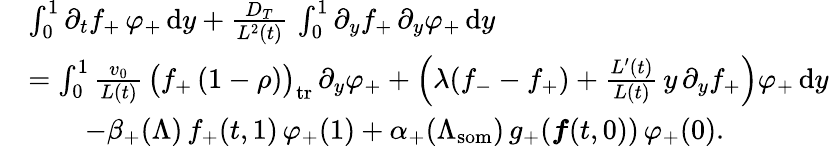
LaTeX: \begin{array}{rl}&{\int_{0}^{1}\partial_{t}f_{+}\, \varphi_{+}\, \textup{d}y+\frac{D_{T}}{L^{2}(t)}\, \int_{0}^{1}\partial_{y}f_{+}\, \partial_{y}\varphi_{+}\, \textup{d}y}\\ &{=\int_{0}^{1}\frac{v_{0}}{L(t)}\, \bigl(f_{+}\, (1-\rho)\bigr)_{\mathrm{tr}}\, \partial_{y}\varphi_{+}+\left(\lambda(f_{-}-f_{+})+\frac{L^{\prime}(t)}{L(t)}\, y\, \partial_{y}f_{+}\right)\varphi_{+}\, \textup{d}y}\\ &{\qquad-\beta_{+}(\Lambda)\, f_{+}(t,1)\, \varphi_{+}(1)+\alpha_{+}(\Lambda_{\mathrm{som}})\, g_{+}(\boldsymbol{f}(t,0))\, \varphi_{+}(0).}\end{array}